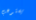
يستوعب